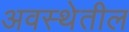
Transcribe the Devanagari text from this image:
अवस्‍थेतील